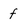
Character: f